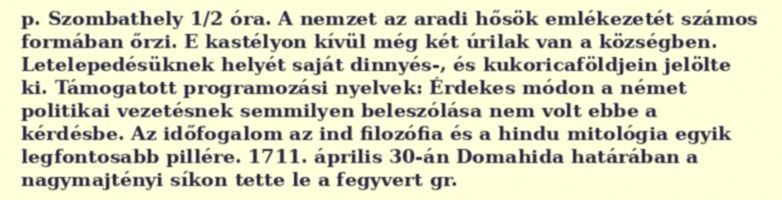
p. Szombathely 1/2 óra. A nemzet az aradi hősök emlékezetét számos formában őrzi. E kastélyon kívül még két úrilak van a községben. Letelepedésüknek helyét saját dinnyés-, és kukoricaföldjein jelölte ki. Támogatott programozási nyelvek: Érdekes módon a német politikai vezetésnek semmilyen beleszólása nem volt ebbe a kérdésbe. Az időfogalom az ind filozófia és a hindu mitológia egyik legfontosabb pillére. 1711. április 30-án Domahida határában a nagymajtényi síkon tette le a fegyvert gr.